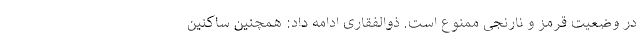
در وضعیت قرمز و نارنجی ممنوع است. ذوالفقاری ادامه داد: همچنین ساکنین